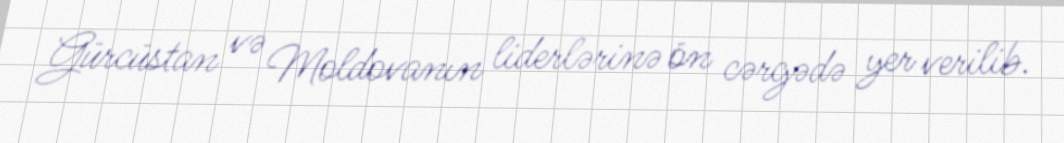
Gürcüstan və Moldovanın liderlərinə ön cərgədə yer verilib.